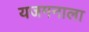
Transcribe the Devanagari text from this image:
यजमनाला